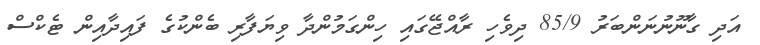
އަދި ގާނޫނުނަންބަރު 85/9 ދިވެހި ރާއްޖޭގައި ހިންގަމުންދާ ވިޔަފާރި ބެންކުގެ ފައިދާއިން ޓެކްސް